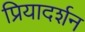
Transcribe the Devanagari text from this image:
प्रियादर्शन